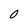
Character: 0